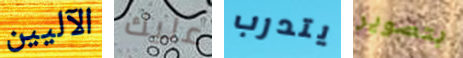
الآليين عليك يتدرب بتصوير